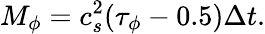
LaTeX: M_{\phi}=c_{s}^{2}(\tau_{\phi}-0.5)\Delta t.